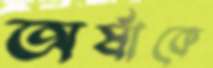
অর্ষাকে